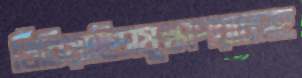
খিঁচিয়াছিসযুদ্ধাপরাধসহ